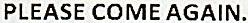
PLEASE COME AGAIN.